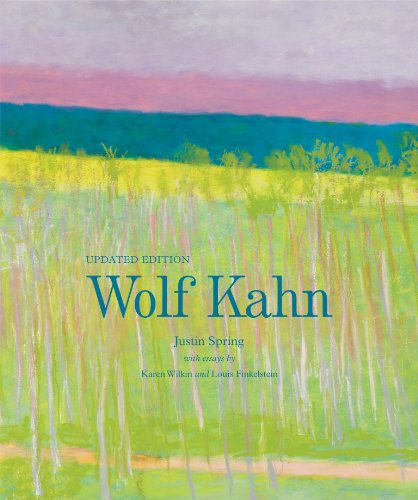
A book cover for Wolf Kahn; Justin Spring; Arts & Photography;